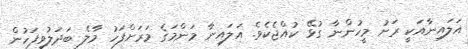
އަލައިނާއަކީ ރަށު މީހުންނާ ގުޅޭ ކުއްޖެކެވެ. އަލައިނާ މަންމަގެ މަރަށްފަހު މާލެ ބަދަލުވިފަހުން